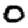
Digit: 0